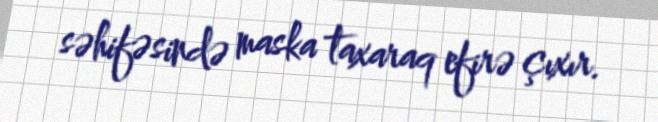
səhifəsində maska taxaraq efirə çıxır.